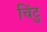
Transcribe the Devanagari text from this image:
चिंटु